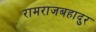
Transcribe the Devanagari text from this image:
रामराजबहादुर